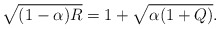
\begin{align*}\sqrt{(1-\alpha)R}=1+\sqrt{\alpha(1+Q)}.\end{align*}